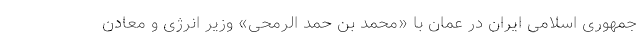
جمهوری اسلامی ایران در عمان با «محمد بن حمد الرمحی» وزیر انرژی و معادن